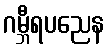
ဂမ္ဘီရပညေန